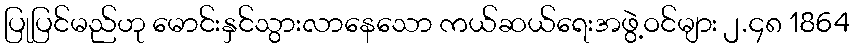
ပြုပြင်မည်ဟု မောင်းနှင်သွားလာနေသော ကယ်ဆယ်ရေးအဖွဲ့ဝင်များ ၂.၄၈ 1864